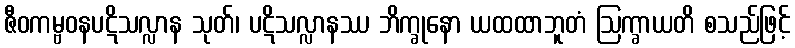
ဇီဝကမ္ဗဝနပဋိသလ္လာန သုတ်၊ ပဋိသလ္လာနဿ ဘိက္ခုနော ယထထာဘူတံ ဩက္ခာယတိ စသည်ဖြင့်